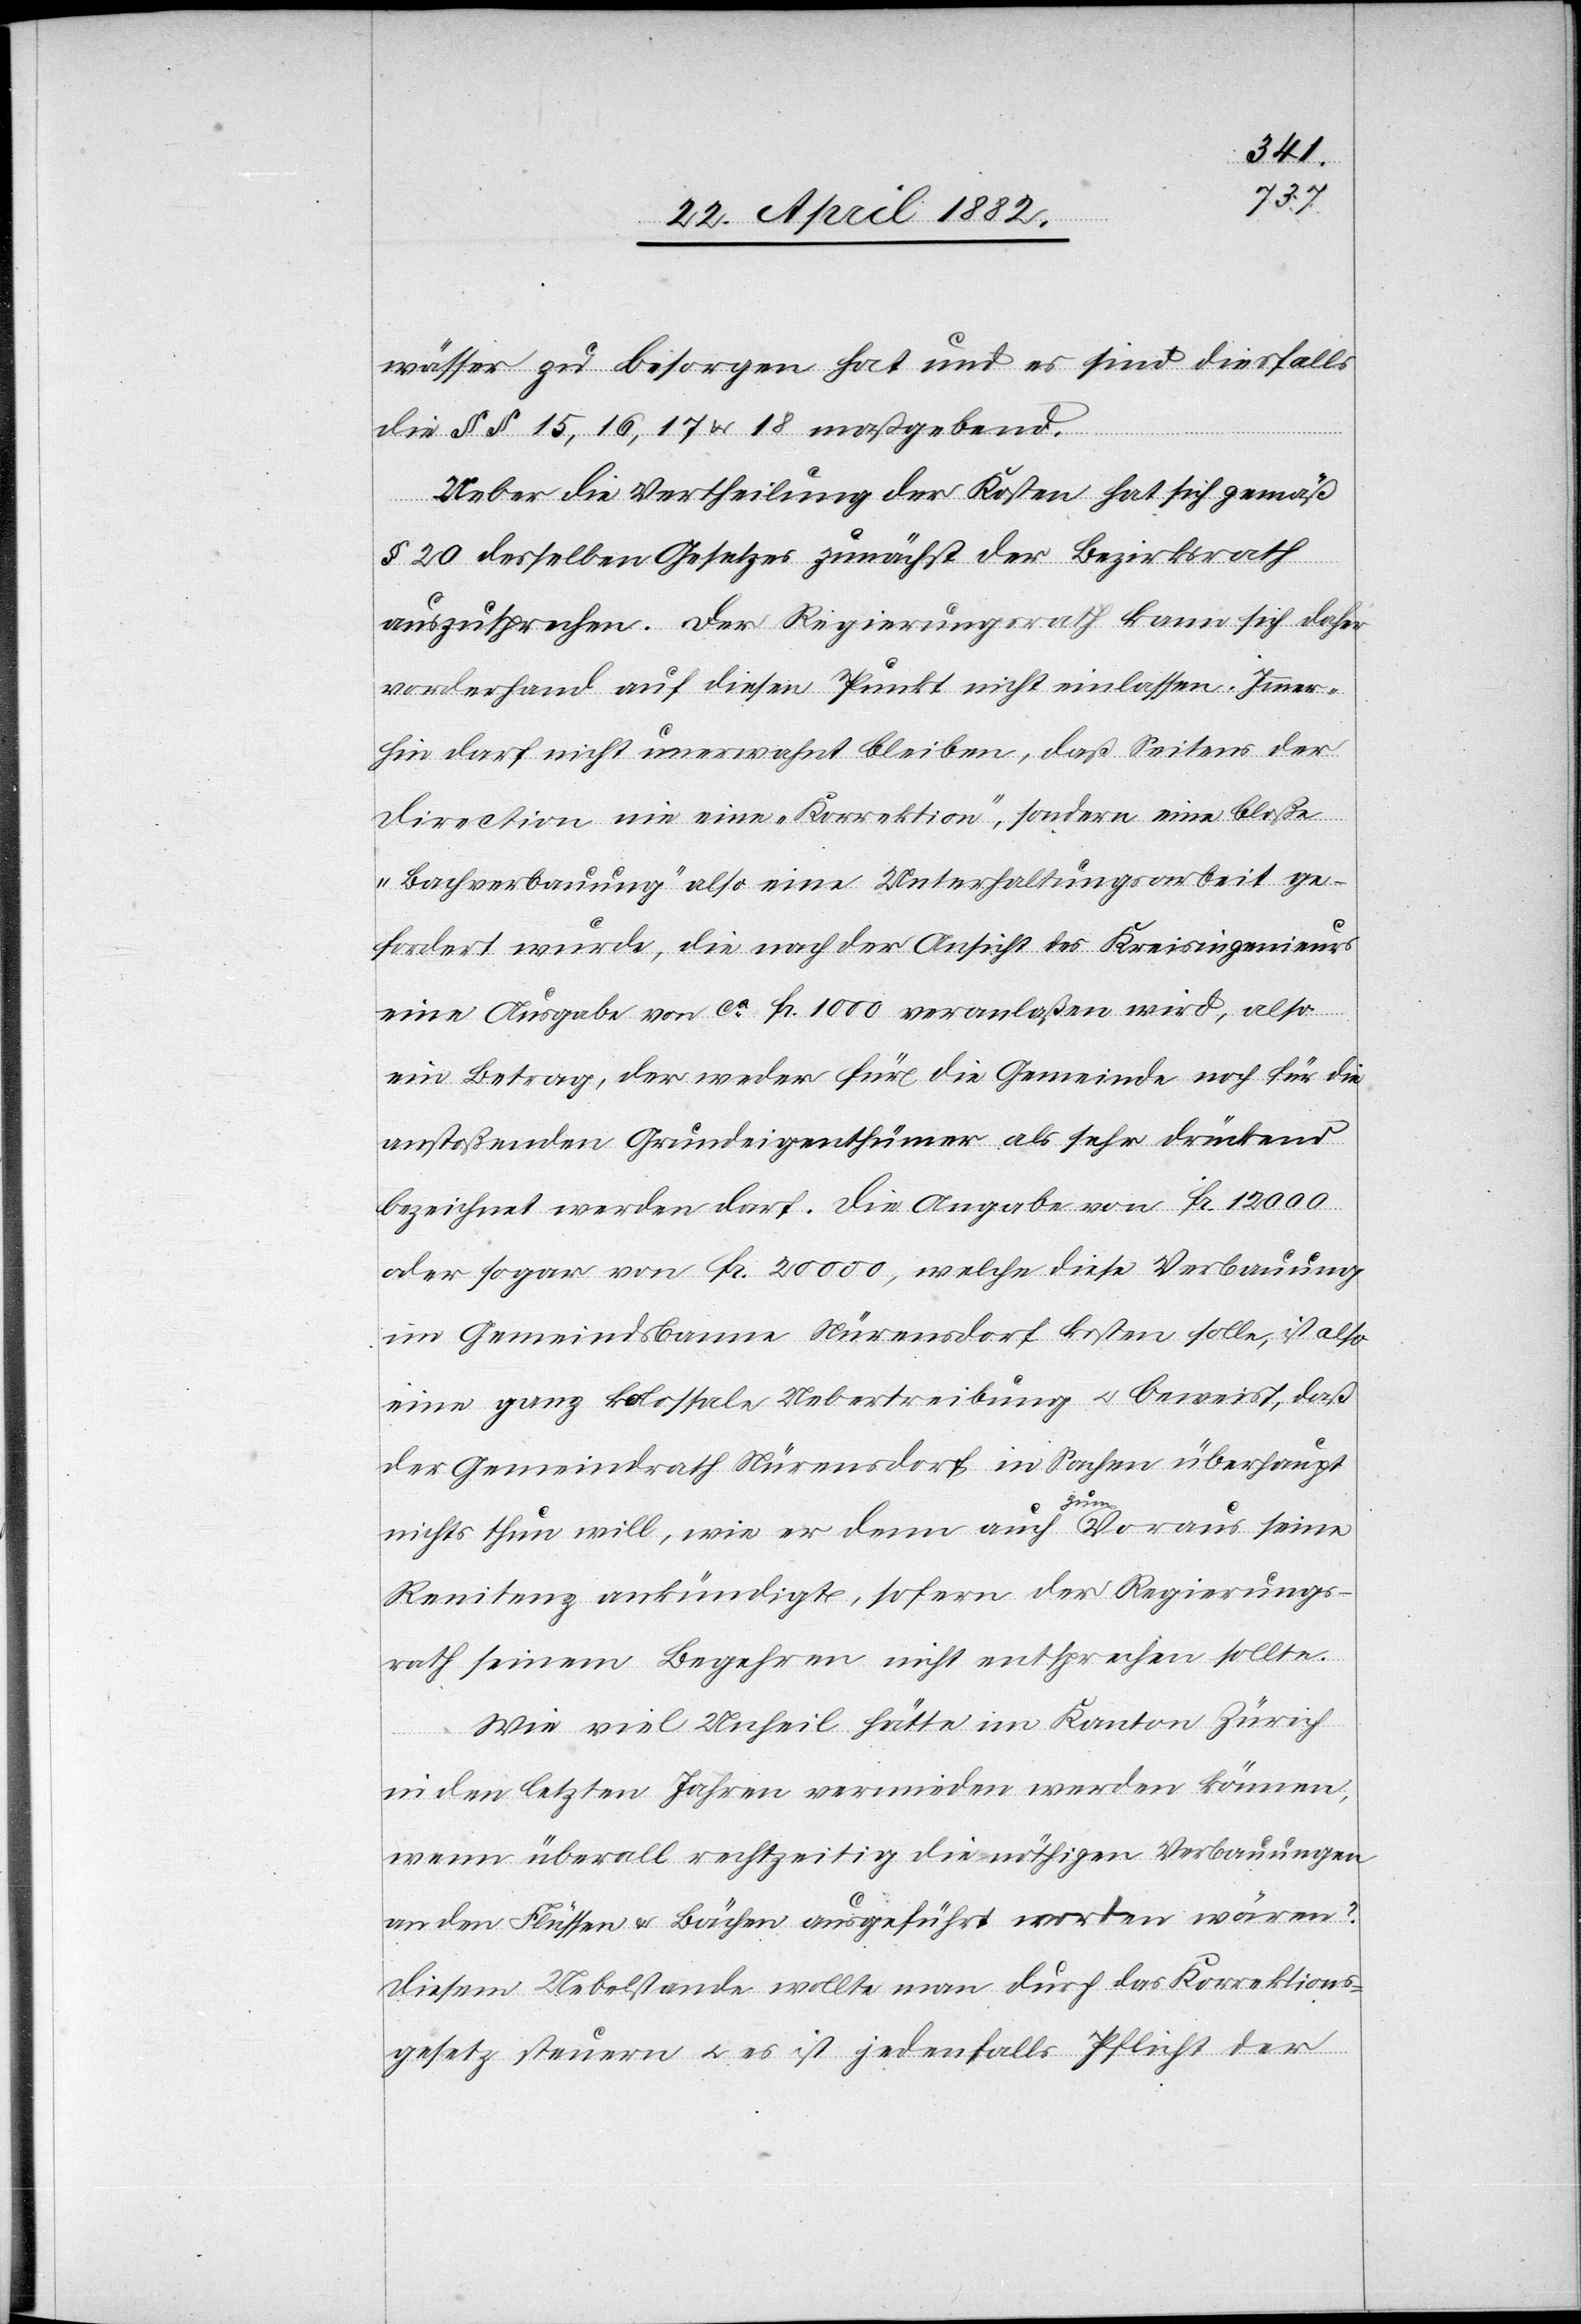
wässer zu besorgen hat und es sind diesfalls
die §§ 15, 16, 17 & 18 maßgebend.
Ueber die Vertheilung der Kosten hat sich gemäß
§ 20 desselben Gesetzes zunächst der Bezirksrath
auszusprechen. Der Regierungsrath kann sich daher
vorderhand auf diesen Punkt nicht einlassen. Immer¬
hin darf nicht unerwähnt bleiben, daß Seitens der
Direction nie eine „Korrektion“, sondern bloße
„Bachverbauung“ also eine Unterhaltungsarbeit ge¬
fordert wurde, die nach der Ansicht des Kreisingenieurs
eine Ausgabe von ca Fr. 1000 veranlaßen wird, also
ein Betrag, der weder für die Gemeinde noch für die
anstoßenden Grundeigenthümer als sehr drückend
bezeichnet werden darf. Die Ausgabe von Fr. 12 000
oder sogar von Fr. 20 000, welche diese Verbauung
im Gemeindsbanne Nürensdorf kosten solle, ist also
eine ganz kolossale Uebertreibung u. beweist, daß
der Gemeindrath Nürensdorf in Sachen überhaupt
nichts thun will, wie er denn auch zum Voraus seine
Renitenz ankündigte, sofern der Regierungs¬
rath seinen Begehren nicht entsprechen sollte.
Wie viel Unheil hätte im Kanton Zürich
in den letzten Jahren vermieden werden können,
wenn überall rechtzeitig die nöthigen Verbauungen
an den Flüssen & Bächen ausgeführt worden wären?
Diesem Uebelstande wollte man durch das Korrektions¬
gesetzt steuern [sic!] u. es ist jedenfalls Pflicht der